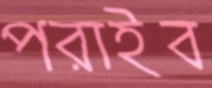
পরাইব